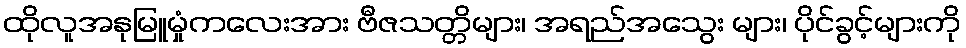
ထိုလူအနုမြူမှုံကလေးအား ဗီဇသတ္တိများ၊ အရည်အသွေး များ၊ ပိုင်ခွင့်များကို